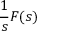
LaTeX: { \frac { 1 } { s } } F ( s )